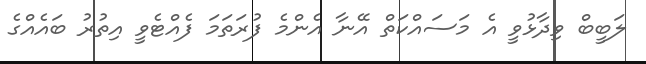
ލަބީބް ވިދާޅުވީ އެ މަސައްކަތް އޭނާ އެންމެ ފުރަތަމަ ފެއްޓެވީ އިތުރު ބައެއްގެ